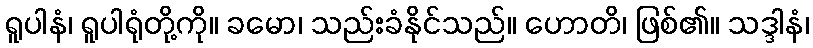
ရူပါနံ၊ ရူပါရုံတို့ကို။ ခမော၊ သည်းခံနိုင်သည်။ ဟောတိ၊ ဖြစ်၏။ သဒ္ဒါနံ၊